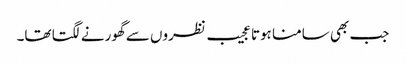
جب بھی سامنا ہوتا عجیب نظروں سے گھورنے لگتا تھا۔